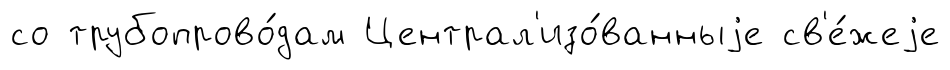
со трубопрово́дам Централ'изо́ванныjе св'е́жеjе